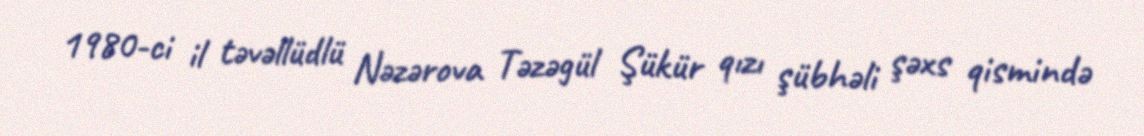
1980-ci il təvəllüdlü Nəzərova Təzəgül Şükür qızı şübhəli şəxs qismində